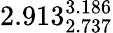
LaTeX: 2.913_{2.737}^{3.186}